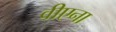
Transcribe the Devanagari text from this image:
वीएना